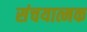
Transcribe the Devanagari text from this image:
संचयात्मक